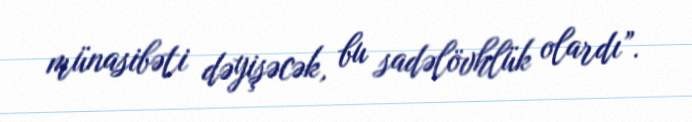
münasibəti dəyişəcək, bu sadəlövhlük olardı”.